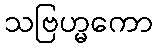
သဗြဟ္မကော